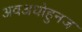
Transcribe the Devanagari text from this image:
अवअधोहुनज